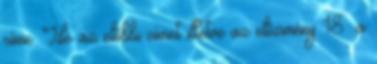
címe. Ide az előbbi címet illetve az előzmény 18 a